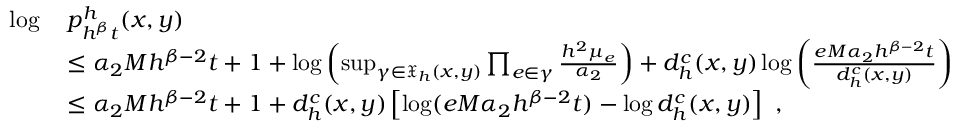
\begin{array} { r l } { \log \, } & { p _ { h ^ { \beta } t } ^ { h } ( x , y ) } \\ & { \leq \alpha _ { 2 } M h ^ { \beta - 2 } t + 1 + \log \left( \operatorname* { s u p } _ { \gamma \in \mathfrak { X } _ { h } ( x , y ) } \prod _ { e \in \gamma } \frac { h ^ { 2 } \mu _ { e } } { \alpha _ { 2 } } \right) + d _ { h } ^ { c } ( x , y ) \log \left( \frac { e M \alpha _ { 2 } h ^ { \beta - 2 } t } { d _ { h } ^ { c } ( x , y ) } \right) } \\ & { \leq \alpha _ { 2 } M h ^ { \beta - 2 } t + 1 + d _ { h } ^ { c } ( x , y ) \left[ \log ( e M \alpha _ { 2 } h ^ { \beta - 2 } t ) - \log d _ { h } ^ { c } ( x , y ) \right] \ , } \end{array}